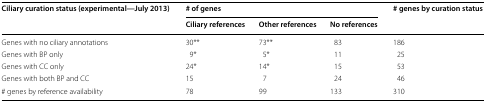
<table><thead><tr><td rowspan="2"><b>Ciliary curation status (experimental—July 2013)</b></td><td colspan="3"><b># of genes</b></td><td rowspan="2"><b># genes by curation status</b></td></tr><tr><td><b>Ciliary references</b></td><td><b>Other references</b></td><td><b>No references</b></td></tr></thead><tbody><tr><td>Genes with no ciliary annotations</td><td>30**</td><td>73**</td><td>83</td><td>186</td></tr><tr><td>Genes with BP only</td><td>9*</td><td>5*</td><td>11</td><td>25</td></tr><tr><td>Genes with CC only</td><td>24*</td><td>14*</td><td>15</td><td>53</td></tr><tr><td>Genes with both BP and CC</td><td>15</td><td>7</td><td>24</td><td>46</td></tr><tr><td># genes by reference availability</td><td>78</td><td>99</td><td>133</td><td>310</td></tr></tbody></table>